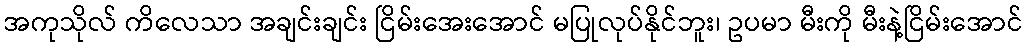
အကုသိုလ် ကိလေသာ အချင်းချင်း ငြိမ်းအေးအောင် မပြုလုပ်နိုင်ဘူး၊ ဥပမာ မီးကို မီးနဲ့ငြိမ်းအောင်